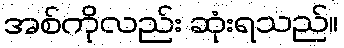
အစ်ကိုလည်း ဆုံးရသည်။